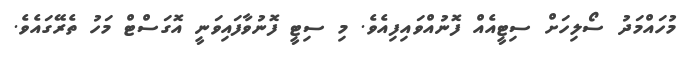
މުހައްމަދު ސޯލިހަށް ސިޓީއެއް ފޮނުއްވައިފިއެވެ. މި ސިޓީ ފޮނުވާފައިވަނީ އޮގަސްޓް މަހު ތެރޭގައެވެ.